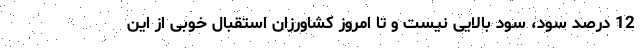
12 درصد سود، سود بالایی نیست و تا امروز کشاورزان استقبال خوبی از این